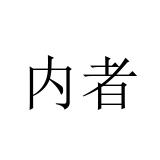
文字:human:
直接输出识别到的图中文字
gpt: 内者